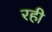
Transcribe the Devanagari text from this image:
रही